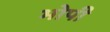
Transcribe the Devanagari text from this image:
भोपी